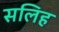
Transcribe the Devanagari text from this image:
सलिह